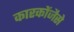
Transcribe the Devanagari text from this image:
कारकोंजैसे